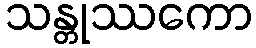
သန္တုဿကော